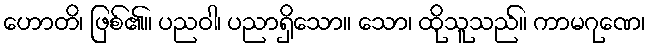
ဟောတိ၊ ဖြစ်၏။ ပညဝါ၊ ပညာရှိသော။ သော၊ ထိုသူသည်။ ကာမဂုဏေ၊